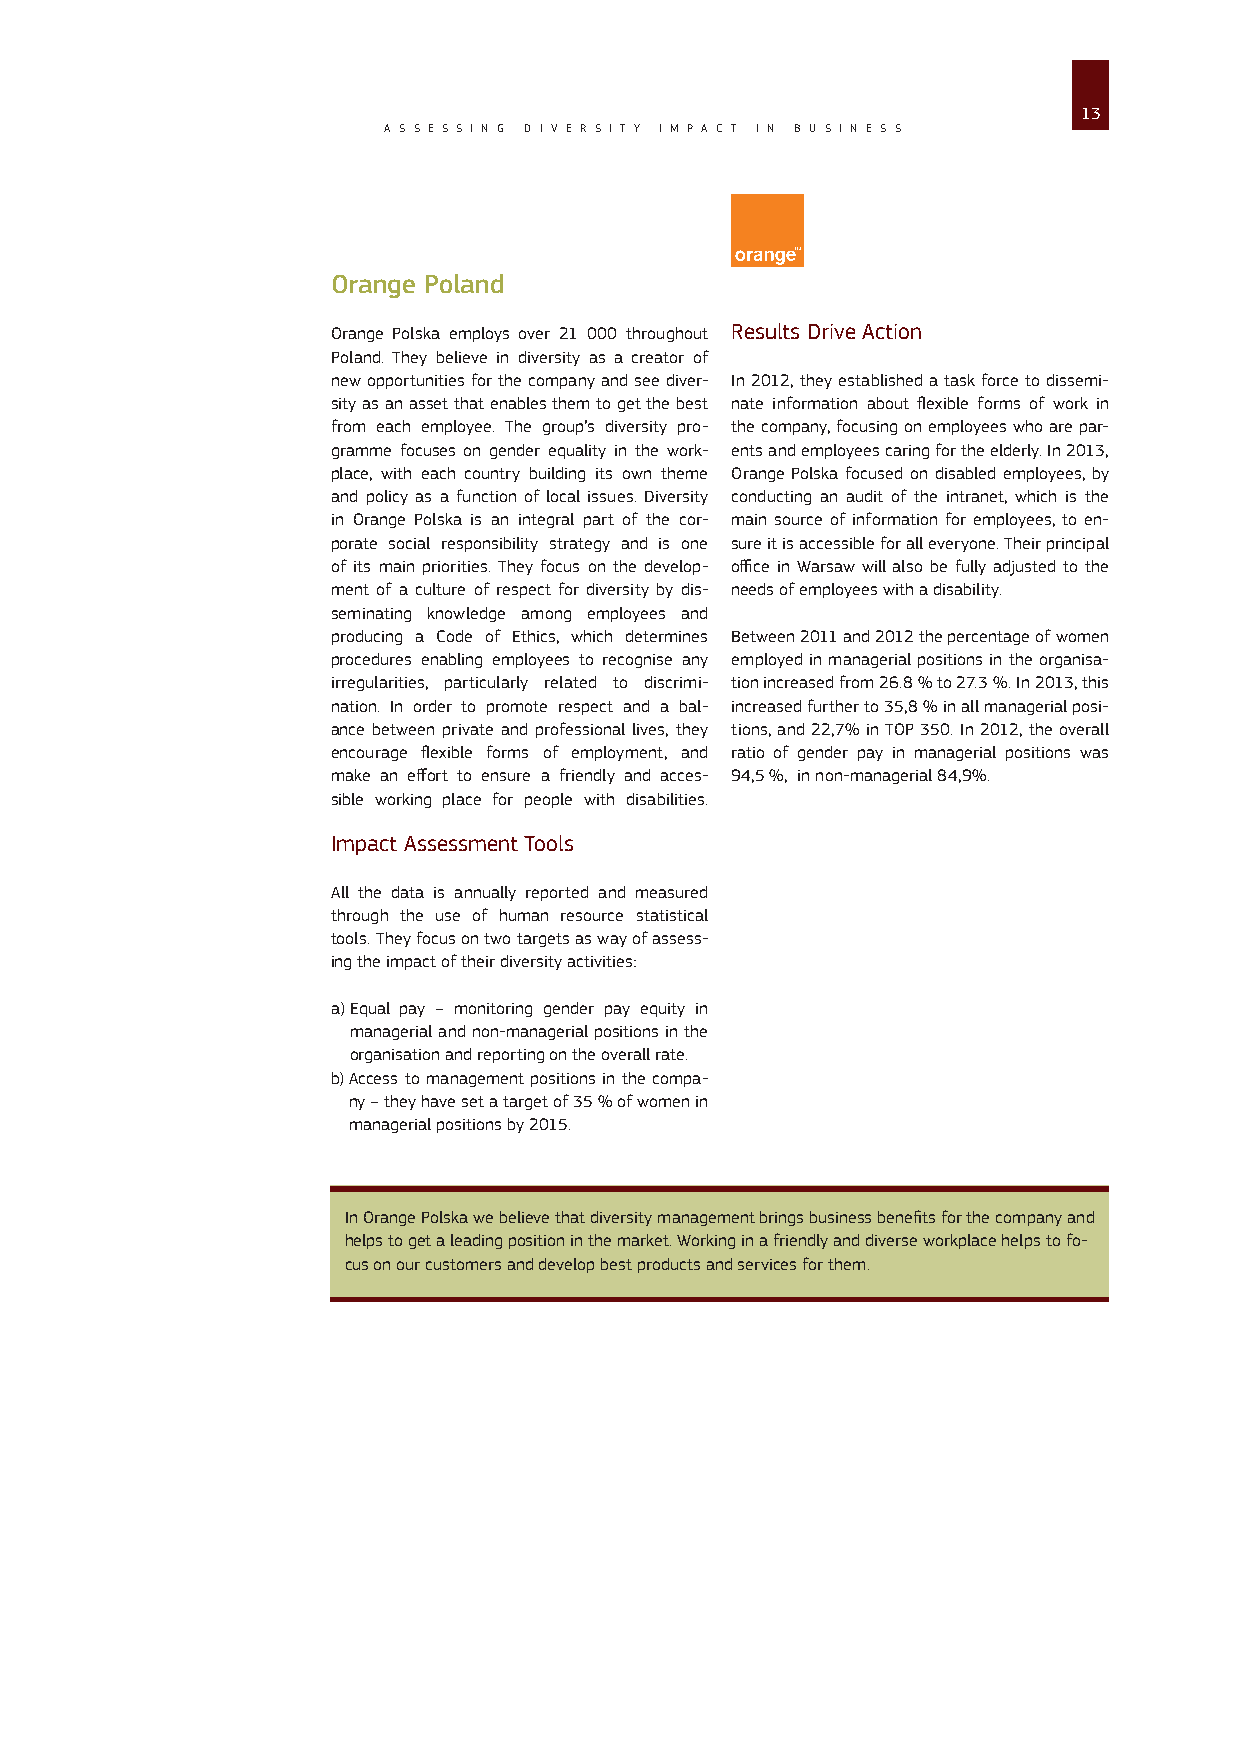
13
 A S S E S S I N G D I V E R S I T Y I M P A C T I N B U S I N E S S
 Orange Poland
 Orange Polska employs over 21 000 throughout Results Drive Action
 Poland. They believe in diversity as a creator of
 new opportunities for the company and see diver- In 2012, they established a task force to dissemi-
 sity as an asset that enables them to get the best nate information about flexible forms of work in
 from each employee. The group’s diversity pro- the company, focusing on employees who are par-
 gramme focuses on gender equality in the work- ents and employees caring for the elderly. In 2013,
 place, with each country building its own theme Orange Polska focused on disabled employees, by
 and policy as a function of local issues. Diversity conducting an audit of the intranet, which is the
 in Orange Polska is an integral part of the cor- main source of information for employees, to en-
 porate social responsibility strategy and is one sure it is accessible for all everyone. Their principal
 of its main priorities. They focus on the develop- office in Warsaw will also be fully adjusted to the
 ment of a culture of respect for diversity by dis- needs of employees with a disability.
 seminating knowledge among employees and
 producing a Code of Ethics, which determines Between 2011 and 2012 the percentage of women
 procedures enabling employees to recognise any employed in managerial positions in the organisa-
 irregularities, particularly related to discrimi- tion increased from 26.8 % to 27.3 %. In 2013, this
 nation. In order to promote respect and a bal- increased further to 35,8 % in all managerial posi-
 ance between private and professional lives, they tions, and 22,7% in TOP 350. In 2012, the overall
 encourage flexible forms of employment, and ratio of gender pay in managerial positions was
 make an effort to ensure a friendly and acces- 94,5 %, in non-managerial 84,9%.
 sible working place for people with disabilities.
 Impact Assessment Tools
 All the data is annually reported and measured
 through the use of human resource statistical
 tools. They focus on two targets as way of assess-
 ing the impact of their diversity activities:
 a) Equal pay – monitoring gender pay equity in
 managerial and non-managerial positions in the
 organisation and reporting on the overall rate.
 b) A ccess to management positions in the compa-
 ny – they have set a target of 35 % of women in
 managerial positions by 2015.
 In Orange Polska we believe that diversity management brings business benefits for the company and
 helps to get a leading position in the market. Working in a friendly and diverse workplace helps to fo-
 cus on our customers and develop best products and services for them.